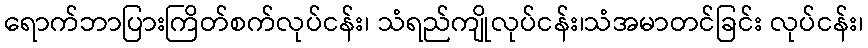
ရောက်ဘာပြားကြိတ်စက်လုပ်ငန်း၊ သံရည်ကျိုလုပ်ငန်း၊သံအမာတင်ခြင်း လုပ်ငန်း၊